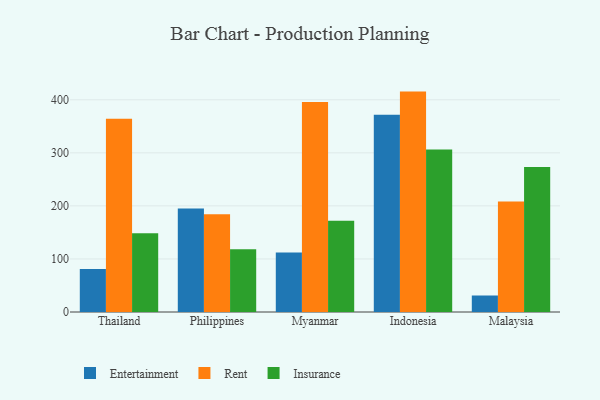
{"axis": {"x": "Country", "y": "Satisfaction Score"}, "legend": ["Entertainment", "Insurance", "Rent"], "data": [{"x": "Thailand", "y": 80.9, "type": "Entertainment"}, {"x": "Thailand", "y": 364.1, "type": "Rent"}, {"x": "Thailand", "y": 148.6, "type": "Insurance"}, {"x": "Philippines", "y": 195.1, "type": "Entertainment"}, {"x": "Philippines", "y": 184.3, "type": "Rent"}, {"x": "Philippines", "y": 118.2, "type": "Insurance"}, {"x": "Myanmar", "y": 112.2, "type": "Entertainment"}, {"x": "Myanmar", "y": 395.7, "type": "Rent"}, {"x": "Myanmar", "y": 172.0, "type": "Insurance"}, {"x": "Indonesia", "y": 371.6, "type": "Entertainment"}, {"x": "Indonesia", "y": 415.4, "type": "Rent"}, {"x": "Indonesia", "y": 306.5, "type": "Insurance"}, {"x": "Malaysia", "y": 31.1, "type": "Entertainment"}, {"x": "Malaysia", "y": 208.2, "type": "Rent"}, {"x": "Malaysia", "y": 273.5, "type": "Insurance"}]}